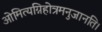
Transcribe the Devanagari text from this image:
ओमित्यग्निहोत्रमनुजानति।